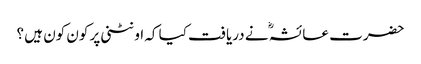
حضرت عائشہؓ نے دریافت کیا کہ اونٹنی پر کون کون ہیں ؟